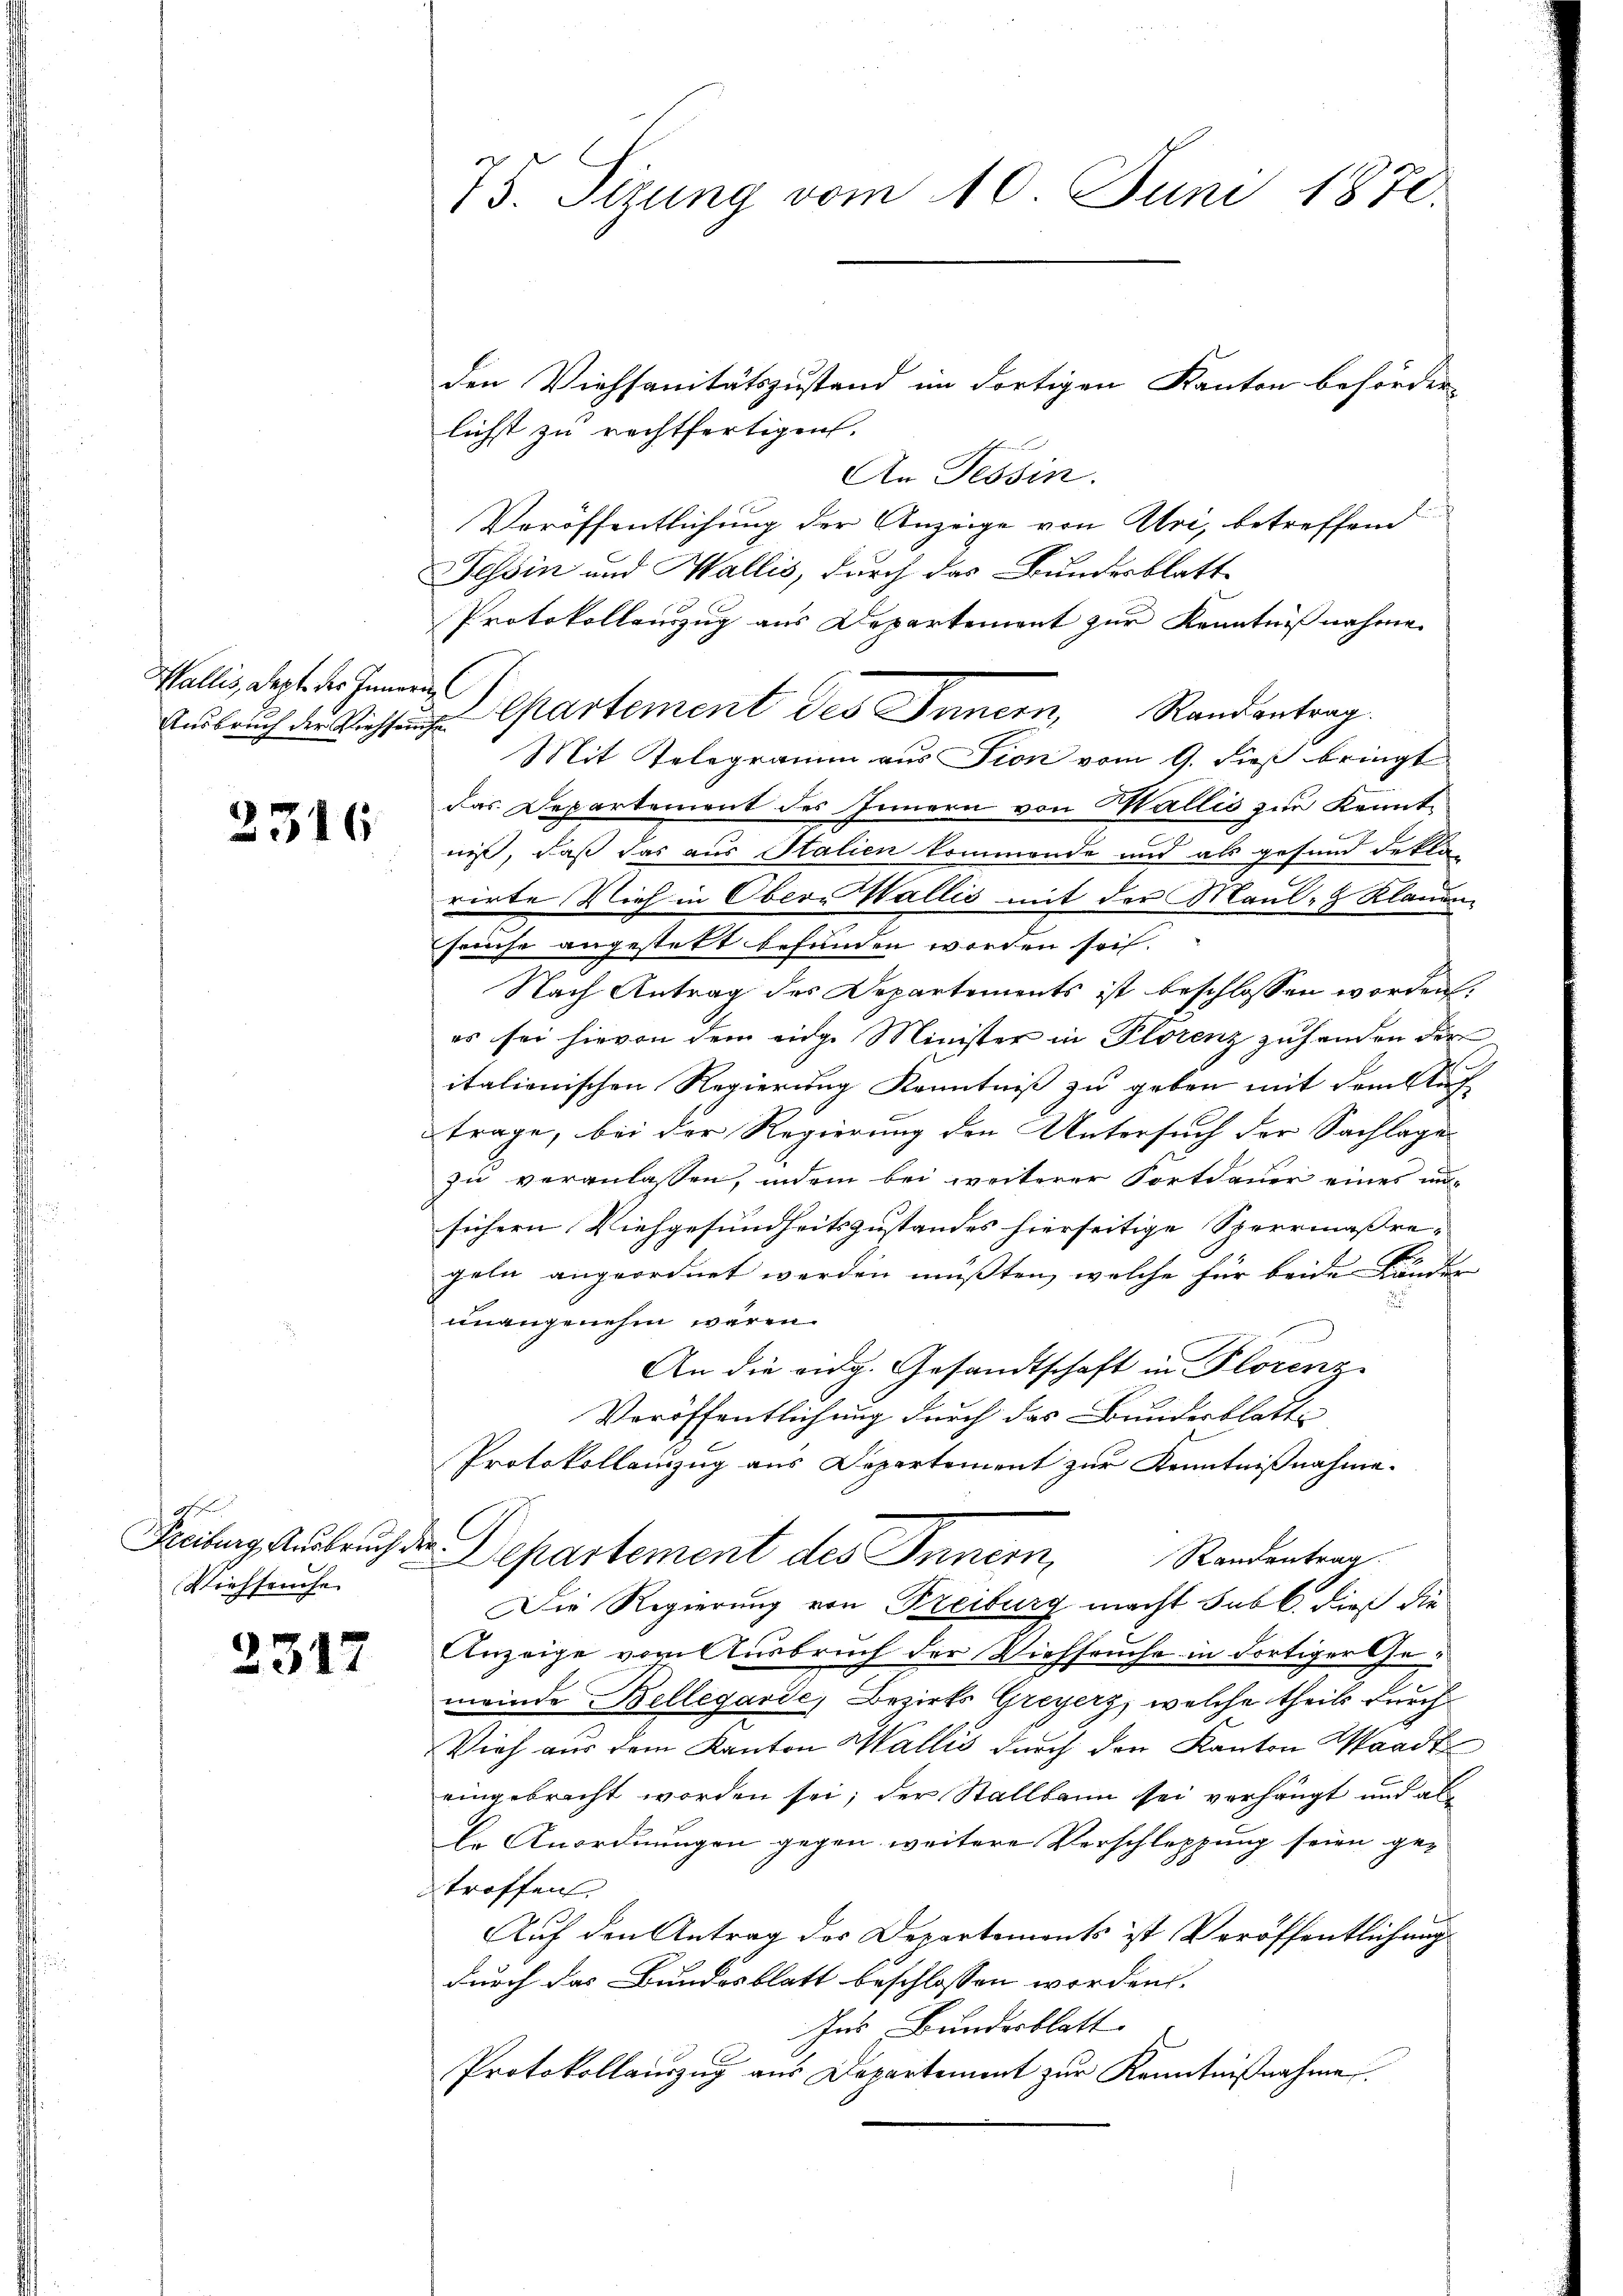
Wallis, Septe des Innerun

2316

Viehseuche

2317

75. Sizung vom 10. Juni 1870.

den Viehsanitätszustand im dortigen Kanton beförder-
lichst zu rechtfertigen.
An Tessin.
Veröffentlichung der Anzeige von Uri, betreffend
Tessin und Wallis, durch das Bundesblatt
Protokollauszug aus Departement zur Kenntnißnahme
Aadsauch der Richtung partement des Innern, Randantrag.
Mit Telegramm aus Fion vom 9. dieß bringt
das Departement des Innern von Wallis zur Kenntniß, daß das aus Italien kommende und als gesand der
rirte Dich in Obern Wallis mit der Maul- & Klauen
fruche angestett befunden worden sei.
Nach Antrag des Departements ist beschlossen worden.
es sei hievon dem eidg. Minister in Plorenz zuhanden der
italionischen Regierung Kenntniß zu geben mit dem Auf
trage, bei der Regierung den Untersuch der Sachlage
zu veranlassen, indem bei weiterer Fortdauer eines un-
sichern Viehgesundheitszustandes hierseitige Sperrmaßre-
geln angeordnet werden müssten, welche für beide Kunder
unangenehm wären.
An die eidg. Gesandtschaft in Florenz
Veröffentlichung durch das Bundesblatte
Protokollenzug aus Departement zur Kenntnißnahme.
Freiburg Aŭsbrŭch der Departement des Innern, Randentrag
Die Regierung von Reiburg macht sub b. dieß die
Anzeige vom Ausbruch der Viehseuche in dortiger Gemeinde Bellegarde, Bezirks Greyerz, welche theils durch
Vieh aus dem Kanton Wallis durch den Kanton Waadt
eingebracht worden sei; der Stallbann sei verhängt und als
Die Anordnungen gegen weitere Verschleppung seien getroffen,
Auf den Antrag des Departements ist Veröffentlichung
durch das Bundesblatt beschlossen worden.
Ins Bundesblatt.
Protokollauszug aus Departement zur Kenntnißnahme